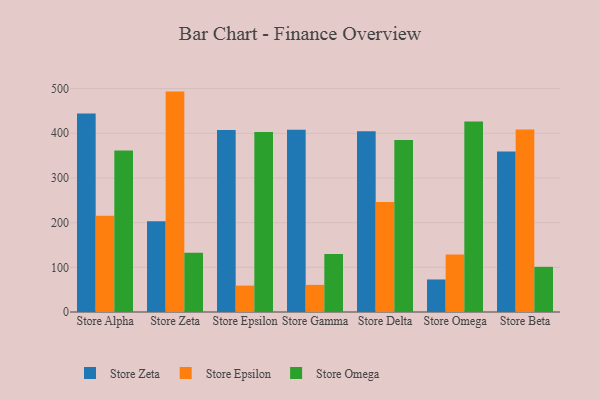
{"axis": {"x": "Store", "y": "Market Share (%)"}, "legend": ["Store Epsilon", "Store Omega", "Store Zeta"], "data": [{"x": "Store Alpha", "y": 444.1, "type": "Store Zeta"}, {"x": "Store Alpha", "y": 215.7, "type": "Store Epsilon"}, {"x": "Store Alpha", "y": 361.6, "type": "Store Omega"}, {"x": "Store Zeta", "y": 202.9, "type": "Store Zeta"}, {"x": "Store Zeta", "y": 493.3, "type": "Store Epsilon"}, {"x": "Store Zeta", "y": 132.7, "type": "Store Omega"}, {"x": "Store Epsilon", "y": 407.1, "type": "Store Zeta"}, {"x": "Store Epsilon", "y": 59.1, "type": "Store Epsilon"}, {"x": "Store Epsilon", "y": 402.7, "type": "Store Omega"}, {"x": "Store Gamma", "y": 407.7, "type": "Store Zeta"}, {"x": "Store Gamma", "y": 60.7, "type": "Store Epsilon"}, {"x": "Store Gamma", "y": 129.8, "type": "Store Omega"}, {"x": "Store Delta", "y": 404.3, "type": "Store Zeta"}, {"x": "Store Delta", "y": 246.2, "type": "Store Epsilon"}, {"x": "Store Delta", "y": 385.2, "type": "Store Omega"}, {"x": "Store Omega", "y": 72.8, "type": "Store Zeta"}, {"x": "Store Omega", "y": 128.7, "type": "Store Epsilon"}, {"x": "Store Omega", "y": 426.6, "type": "Store Omega"}, {"x": "Store Beta", "y": 359.5, "type": "Store Zeta"}, {"x": "Store Beta", "y": 408.7, "type": "Store Epsilon"}, {"x": "Store Beta", "y": 101.1, "type": "Store Omega"}]}